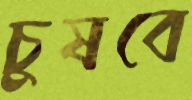
চুষবে